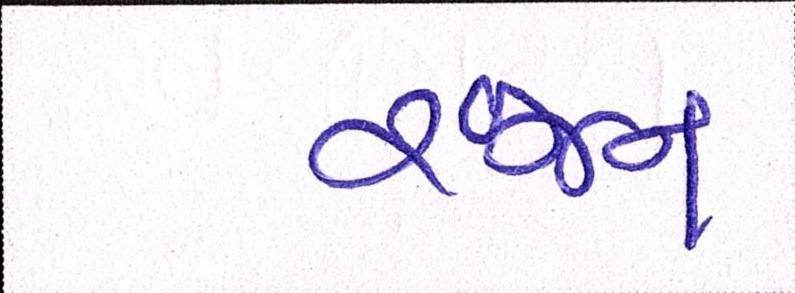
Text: રંજન